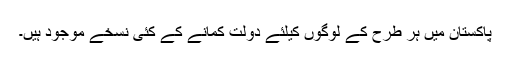
پاکستان میں ہر طرح کے لوگوں کیلئے دولت کمانے کے کئی نسخے موجود ہیں۔